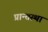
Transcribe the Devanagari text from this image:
प्रान्तस्था